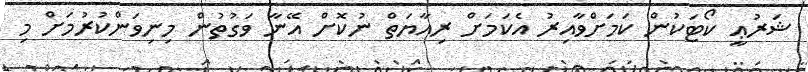
ޝަރުޢީ ކޯޓަކުން ކަމަށްވާއިރު އެކަމަށް ރިއާޔަތް ނުކޮށް އޭނާ ވަގުތުން މިނިވަންކުރުމަށް މި